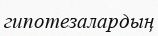
гипотезалардың